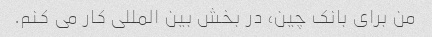
من برای بانک چین، در بخش بین المللی کار می کنم.